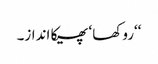
‘‘روکھا ‘ پھیکا انداز۔